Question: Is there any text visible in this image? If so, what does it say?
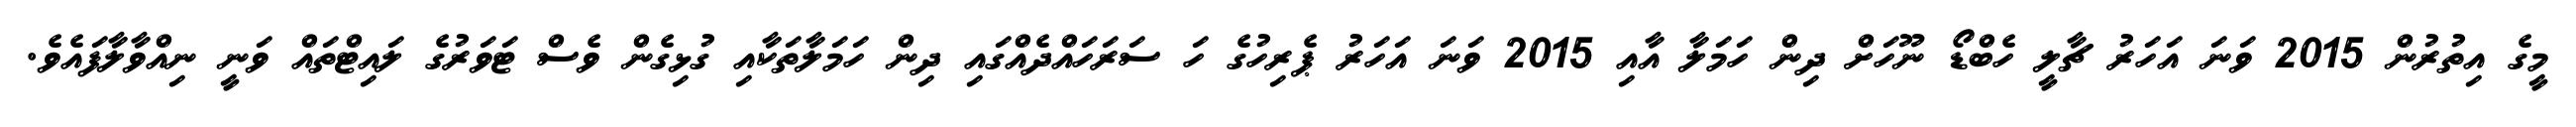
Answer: މީގެ އިތުރުން 2015 ވަނަ އަހަރު ޗާލީ ހެބްޑޯ ނޫހަށް ދިން ހަމަލާ އާއި 2015 ވަނަ އަހަރު ޕެރިހުގެ ހަ ސަރަހައްދެއްގައި ދިން ހަމަލާތަކާއި ގުޅިގެން ވެސް ޓަވަރުގެ ލައިޓްތައް ވަނީ ނިއްވާލާފައެވެ.